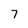
Character: 7